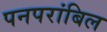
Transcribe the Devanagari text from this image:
पनपरांबिल